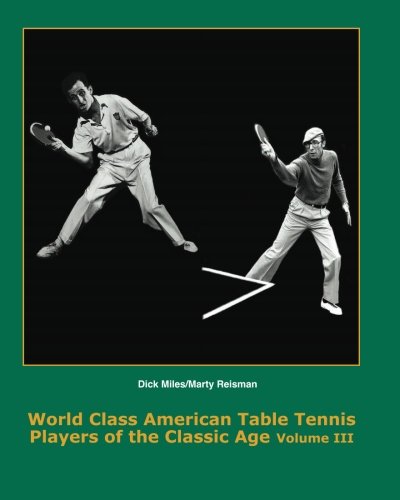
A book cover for World Class American Table Tennis Players of the Classic Age Volume III: 1931 - 1966 (Volume 3); Dean Robert Johnson; Sports & Outdoors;